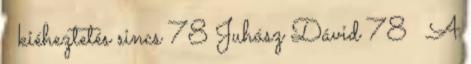
→ kiéheztetés sincs 78 Juhász Dávid 78 A